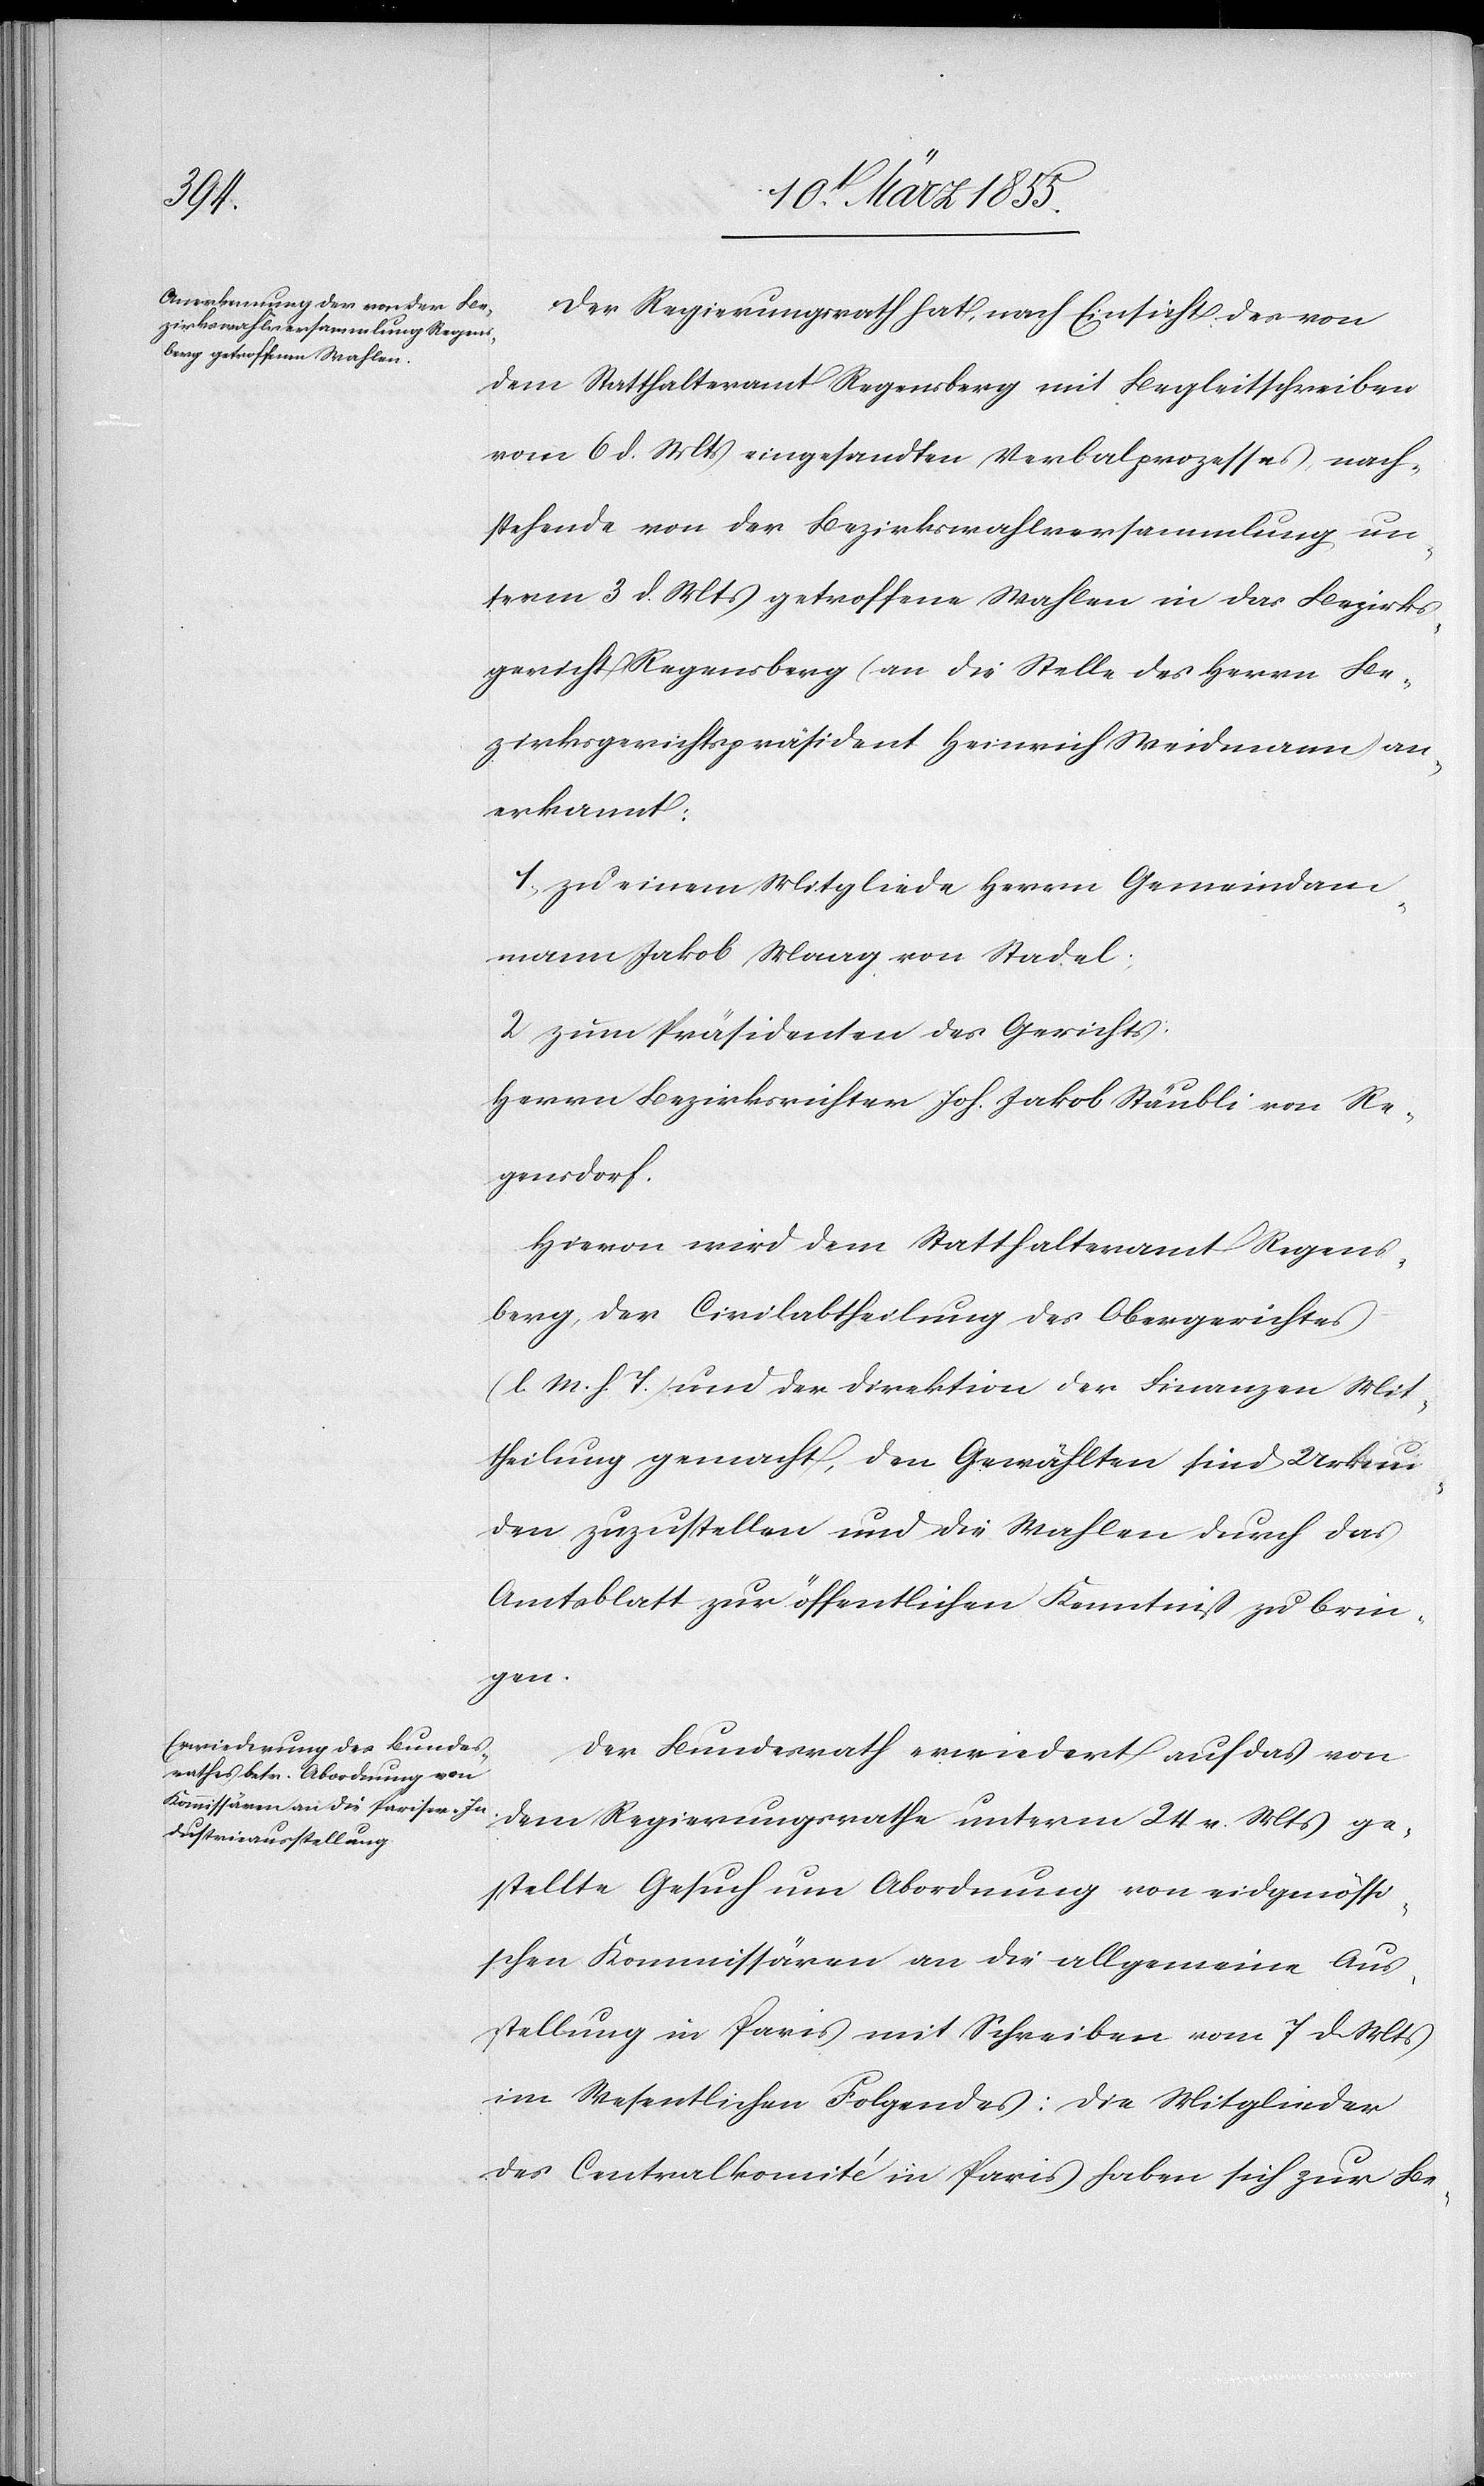
Der Regierungsrath hat, nach Einsicht des von
dem Statthalteramt Regensberg mit Begleitschreiben
vom 6 d. Mts eingesandten Verbalprozesses, nach¬
stehende von der Bezirkswahlversammlung un¬
term 3 d. Mts getroffene Wahlen in das Bezirks¬
gericht Regensberg (an die Stelle des Herrn Be¬
zirksgerichtspräsident Heinrich Weidmann) an¬
erkannt:
1, zu einem Mitgliede Herrn Gemeindam¬
mann Jakob Maag von Stadel;
2 zum Präsidenten des Gerichts:
Herrn Bezirksrichter Joh. Jakob Stäubli von Re¬
gensdorf.
Hievon wird dem Statthalteramt Regens¬
berg, der Civilabtheilung des Obergerichtes
(l. M. h. T.) und der Direktion der Finanzen Mit¬
theilung gemacht, den Gewählten sind Urkun¬
den zuzustellen und die Wahlen durch das
Amtsblatt zur öffentlichen Kenntniß zu brin¬
gen.
Der Bundesrath erwiedert auf das von
dem Regierungsrathe unterm 24. v. Mts ge¬
stellte Gesuch um Abordnung von eidgenössi¬
schen Kommissären an die allgemeine Aus¬
stellung in Paris mit Schreiben vom 7 d. Mts
im Wesentlichen Folgendes: Die Mitglieder
des Centralkomité in Paris haben sich zur Be-